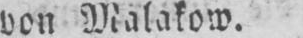
von Malakow.